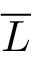
\overline { { L } }